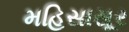
મહિસાસૂર